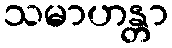
သမာဟန္တာ